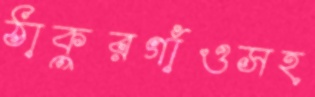
ঠাকুরগাঁওসহ